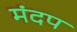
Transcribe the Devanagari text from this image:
मंदप